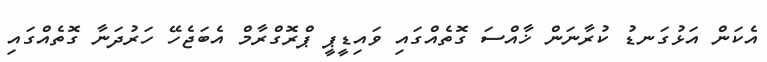
އެކަން އަޅުގަނޑު ކުރާނަން ޚާއްސަ ގޮތެއްގައި ވައިޑީޕީ ޕްރޮގްރާމް އެބަޖެހޭ ހަރުދަނާ ގޮތެއްގައި